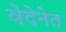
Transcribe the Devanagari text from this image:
वेदेनेत